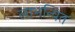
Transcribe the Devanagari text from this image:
लाभन्वित